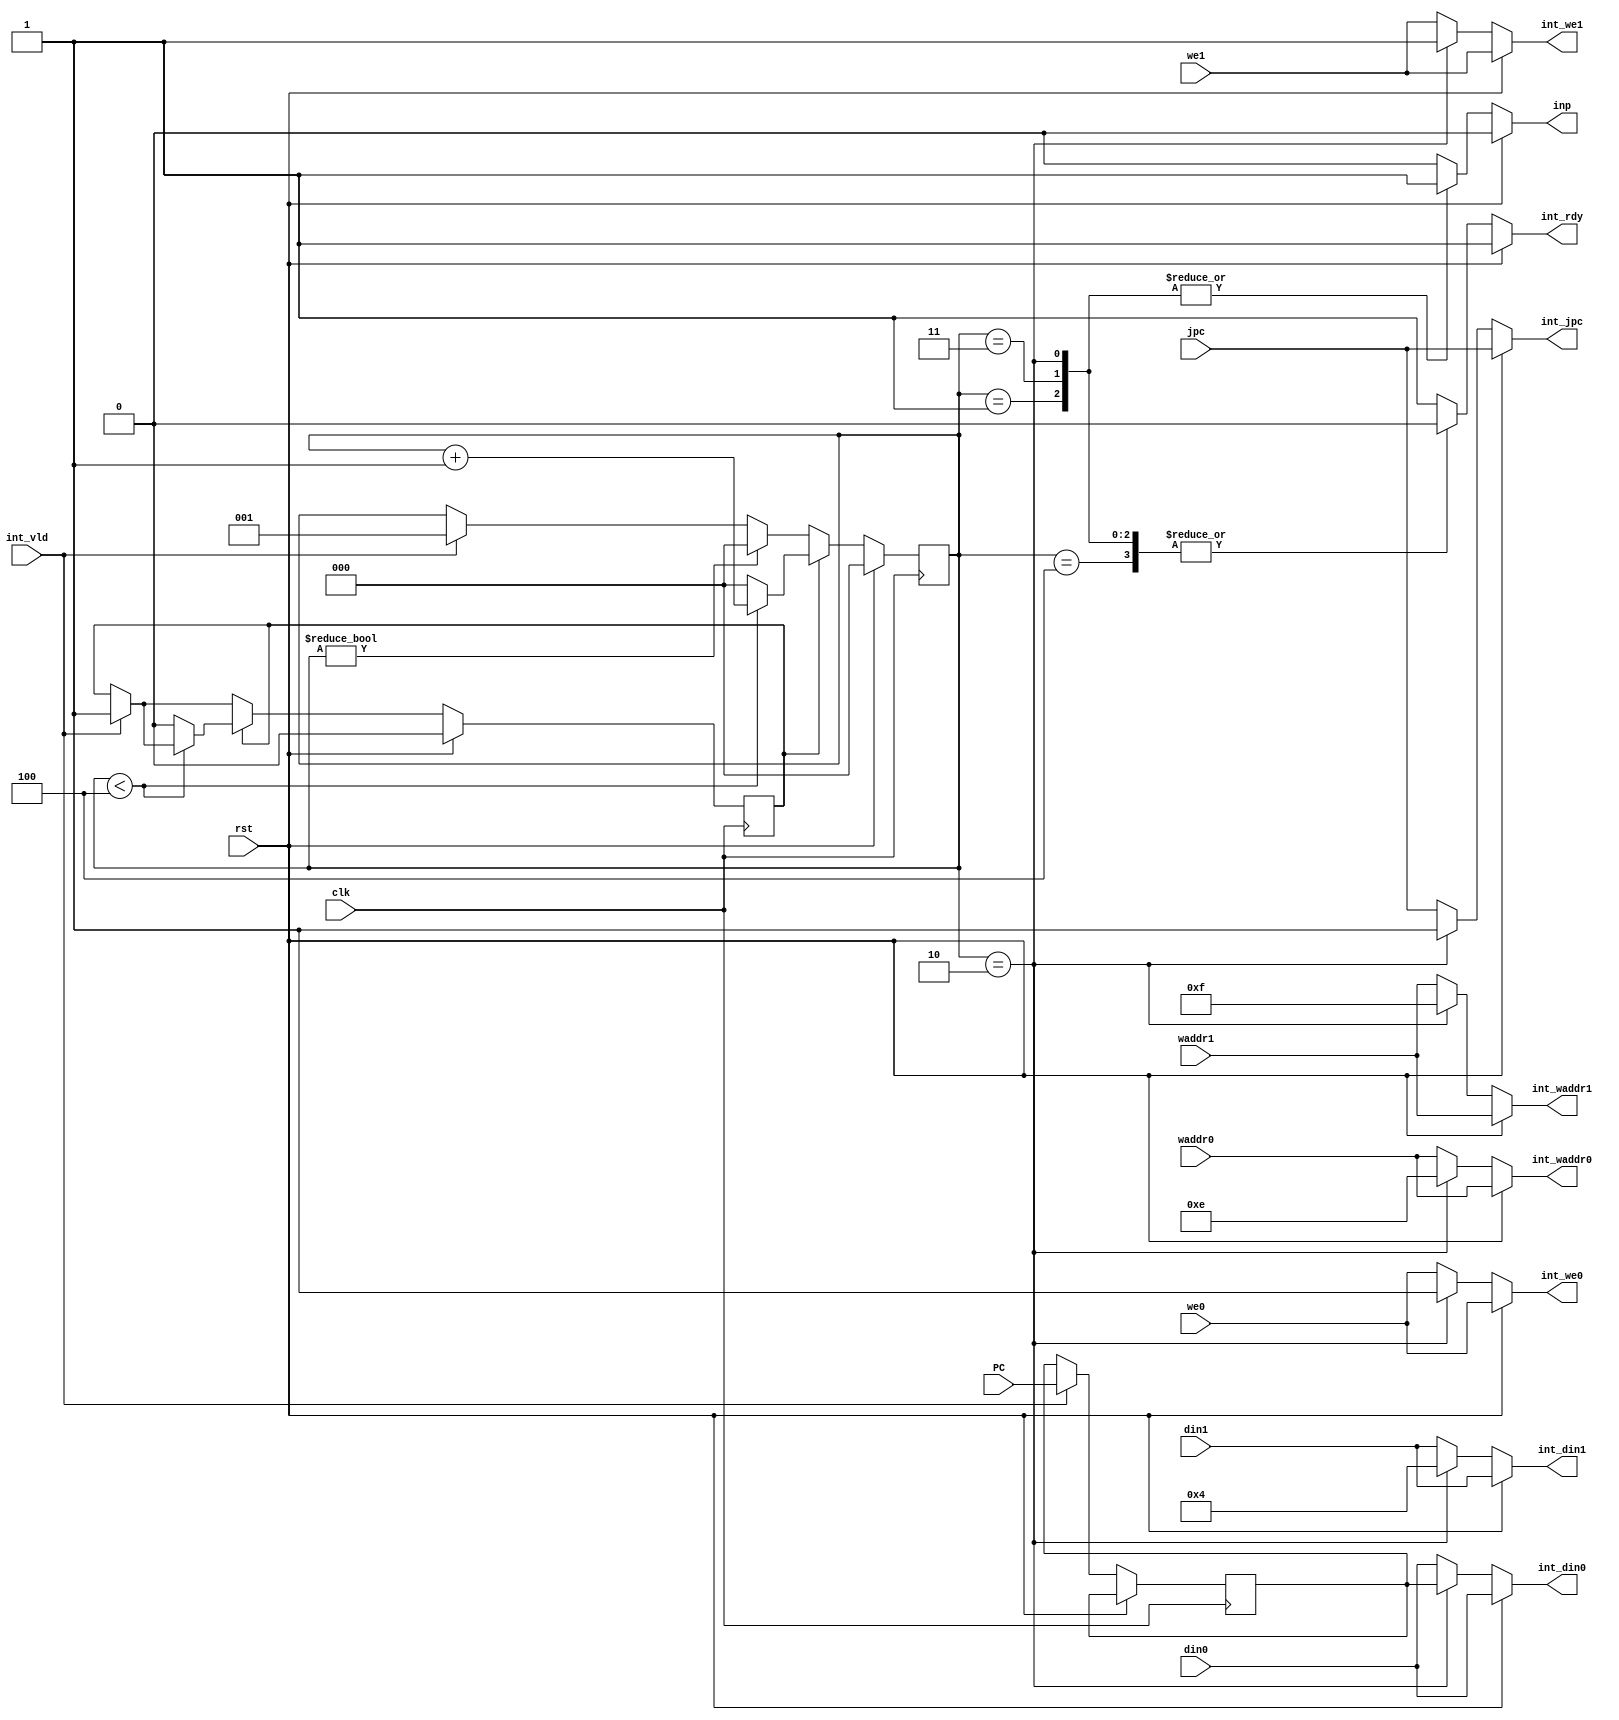
module YD_int
(
	input		wire	clk, //
	input		wire	rst,  //
	//int
	input 	wire int_vld, //1
	output 	reg int_rdy, //
	//
	input wire[15:0]PC, //
	input wire jpc, //
	output reg int_jpc, //
	output reg inp,//NOP
	//
	//0
	input wire [15:0]din0,
	input wire [3:0]waddr0,
	input wire we0,
	//1
	input wire [15:0]din1,
	input wire [3:0]waddr1,
	input wire we1,
	//0
	output reg [15:0]int_din0,
	output reg [3:0]int_waddr0,
	output reg int_we0,
	//1
	output reg [15:0]int_din1,
	output reg [3:0]int_waddr1,
	output reg int_we1
);
/*

int_rdy=1,

0int_vld=1PCint_rdy=0
1inp=1NOP
2PC-r->RC16'h0004->PC
3NOP
4inp=0int_rdy=1
*/
//
reg [2:0]state;//
reg sen;//
localparam IDLE=3'h0;//
localparam CPL=3'h1;//
localparam WBK=3'h2;//PC
localparam RIN=3'h3;//NOP
localparam IED=3'h4;//
//
reg [15:0]PC_r;
//
always @(posedge clk) begin
	if(rst) begin
		sen <= 1'b0;
		state <= 3'h0;
		end 
	else begin
		if(int_vld) begin//
			sen <= 1'b1;//
			state <= CPL;//CPL
			PC_r <= PC;
			end
		if(sen)//
			if(state<IED)//
				state <= state+1;//
			else begin//
				state <= IDLE;//
				sen <= 1'b0;
				end
		else//
			if(state!=IDLE)
				state <= IDLE;
		end
end

//
always @(*) begin
	if(rst) begin
		//
		int_din0=din0;
		int_waddr0=waddr0;
		int_we0=we0;
		int_din1=din1;
		int_waddr1=waddr1;
		int_we1=we1;
		//
		int_rdy=1;
		//
		inp=0;
		//jpc
		int_jpc=jpc;
		end 
	else begin
		case (state)
			IDLE: begin//
				//
				int_din0=din0;
				int_waddr0=waddr0;
				int_we0=we0;
				int_din1=din1;
				int_waddr1=waddr1;
				int_we1=we1;
				//
				int_rdy=1;
				//
				inp=0;
				//jpc
				int_jpc=jpc;
				end
			CPL: begin//
				//
				int_din0=din0;
				int_waddr0=waddr0;
				int_we0=we0;
				int_din1=din1;
				int_waddr1=waddr1;
				int_we1=we1;
				//
				int_rdy=0;
				//
				inp=1;
				//jpc
				int_jpc=jpc;
				end
			WBK: begin//PC
				//
				int_din0=PC_r;//
				int_waddr0=4'b1110;
				int_we0=1;
				int_din1=16'h0004;//PC
				int_waddr1=4'b1111;
				int_we1=1;
				//
				int_rdy=0;
				//
				inp=1;
				//jpc
				int_jpc=1;
				end
			RIN: begin//NOP
				//
				int_din0=din0;
				int_waddr0=waddr0;
				int_we0=we0;
				int_din1=din1;
				int_waddr1=waddr1;
				int_we1=we1;
				//
				int_rdy=0;
				//
				inp=1;
				//jpc
				int_jpc=jpc;
				end
			IED: begin//
				//
				int_din0=din0;
				int_waddr0=waddr0;
				int_we0=we0;
				int_din1=din1;
				int_waddr1=waddr1;
				int_we1=we1;
				//
				int_rdy=0;
				//
				inp=0;
				//jpc
				int_jpc=jpc;
				end
			default: begin
				//
				int_din0=din0;
				int_waddr0=waddr0;
				int_we0=we0;
				int_din1=din1;
				int_waddr1=waddr1;
				int_we1=we1;
				//
				int_rdy=1;
				//
				inp=0;
				//jpc
				int_jpc=jpc;
				end
		endcase
		end
end


endmodule